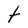
Character: t